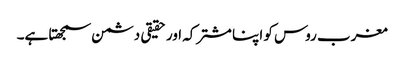
مغرب روس کو اپنا مشترکہ اور حقیقی دشمن سمجھتا ہے۔